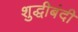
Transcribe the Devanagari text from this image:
शुद्धीबंदी